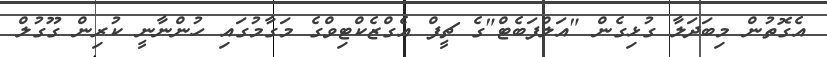
އެގޮތުން މިބަދަލާ ގުޅިގެން "އަލްފަބެޓް"ގެ ޗީފް އެގްޒެކްޓިވްގެ މަގާމުގައި ހުންނާނީ ކުރިން ގޫގުލް